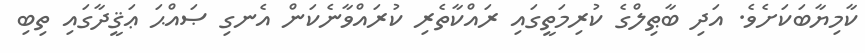
ކާމިޔާބަކަށެވެ. އަދި ބާޠިލްގެ ކުރިމަތީގައި ރައްކާތެރި ކުރައްވާނެކަން އެނގި ޞައްޙަ ޢަޤީދާގައި ތިބި